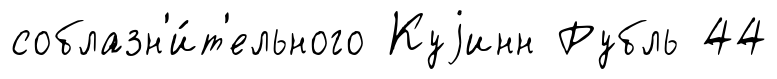
соблазн'и́т'ельного Куjинн Рубль 44